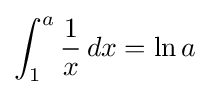
\int _{1}^{a}{\frac {1}{x}}\,dx=\ln a